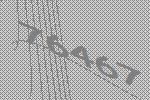
76467